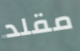
مقلد